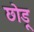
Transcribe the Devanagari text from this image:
छोड़ू